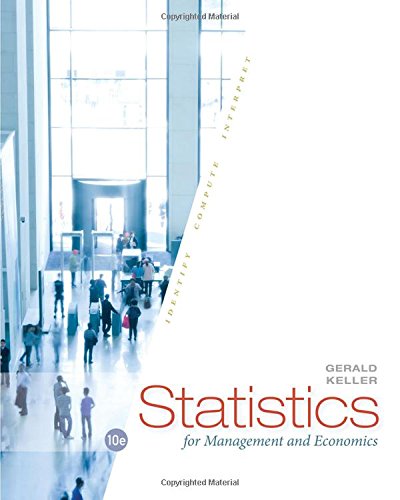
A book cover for Statistics for Management and Economics; Gerald Keller; Business & Money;